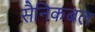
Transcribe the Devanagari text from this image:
सैनिकबल